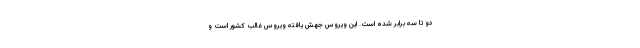
دو تا سه برابر شده است. این ویروس جهش یافته ویروس غالب کشور است و